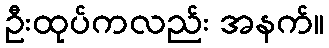
ဦးထုပ်ကလည်း အနက်။